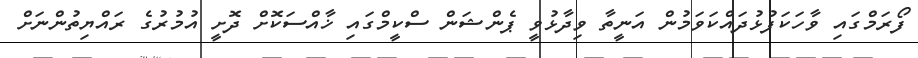
ފޯރަމްގައި ވާހަކަފުޅުދައްކަވަމުން އަނީތާ ވިދާޅުވީ ޕެންޝަން ސްކީމްގައި ޚާއްސަކޮށް ދޮށީ އުމުރުގެ ރައްޔިތުންނަށް